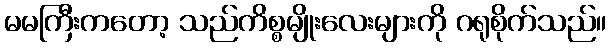
မမကြီးကတော့ သည်ကိစ္စမျိုးလေးများကို ဂရုစိုက်သည်။